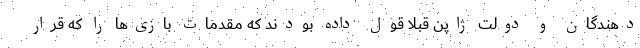
دهندگان و دولت ژاپن قبلاً قول داده بودند که مقدمات بازی‌ها را که قرار